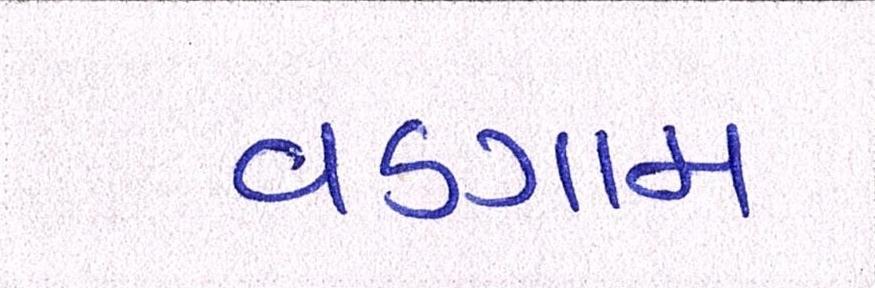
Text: વડગામ